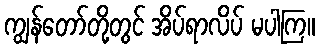
ကျွန်တော်တို့တွင် အိပ်ရာလိပ် မပါကြ။